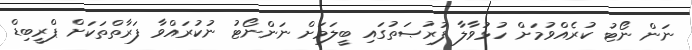
ނަން ނޯޓު ކުރެއްވުމަށް ހުޅުވާލާ ފުރުޞަތުގައި ބީލަމަށް ނަންނޯޓު ނުކުރައްވާ ފަރާތްތަކަށް ޕްރީބިޑް